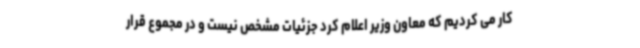
کار می کردیم که معاون وزیر اعلام کرد جزئیات مشخص نیست و در مجموع قرار